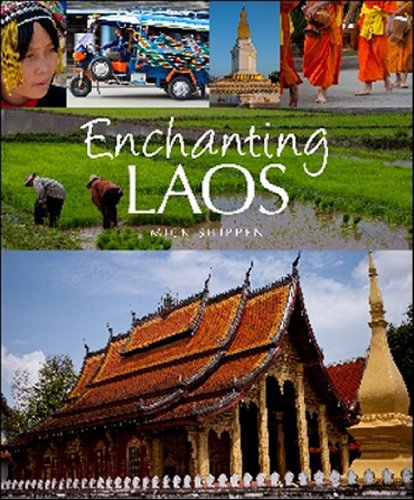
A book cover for Enchanting Laos (Enchanting Asia); Mick Shippen; Travel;